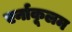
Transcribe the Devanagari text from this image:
एर्नाकूलम